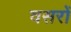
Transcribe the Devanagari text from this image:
वसरों